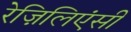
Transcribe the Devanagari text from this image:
रेज़िलिएंसी